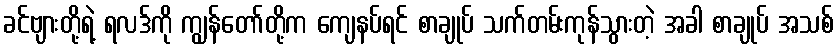
ခင်ဗျားတို့ရဲ့ ရလဒ်ကို ကျွန်တော်တို့က ကျေနပ်ရင် စာချုပ် သက်တမ်းကုန်သွားတဲ့ အခါ စာချုပ် အသစ်